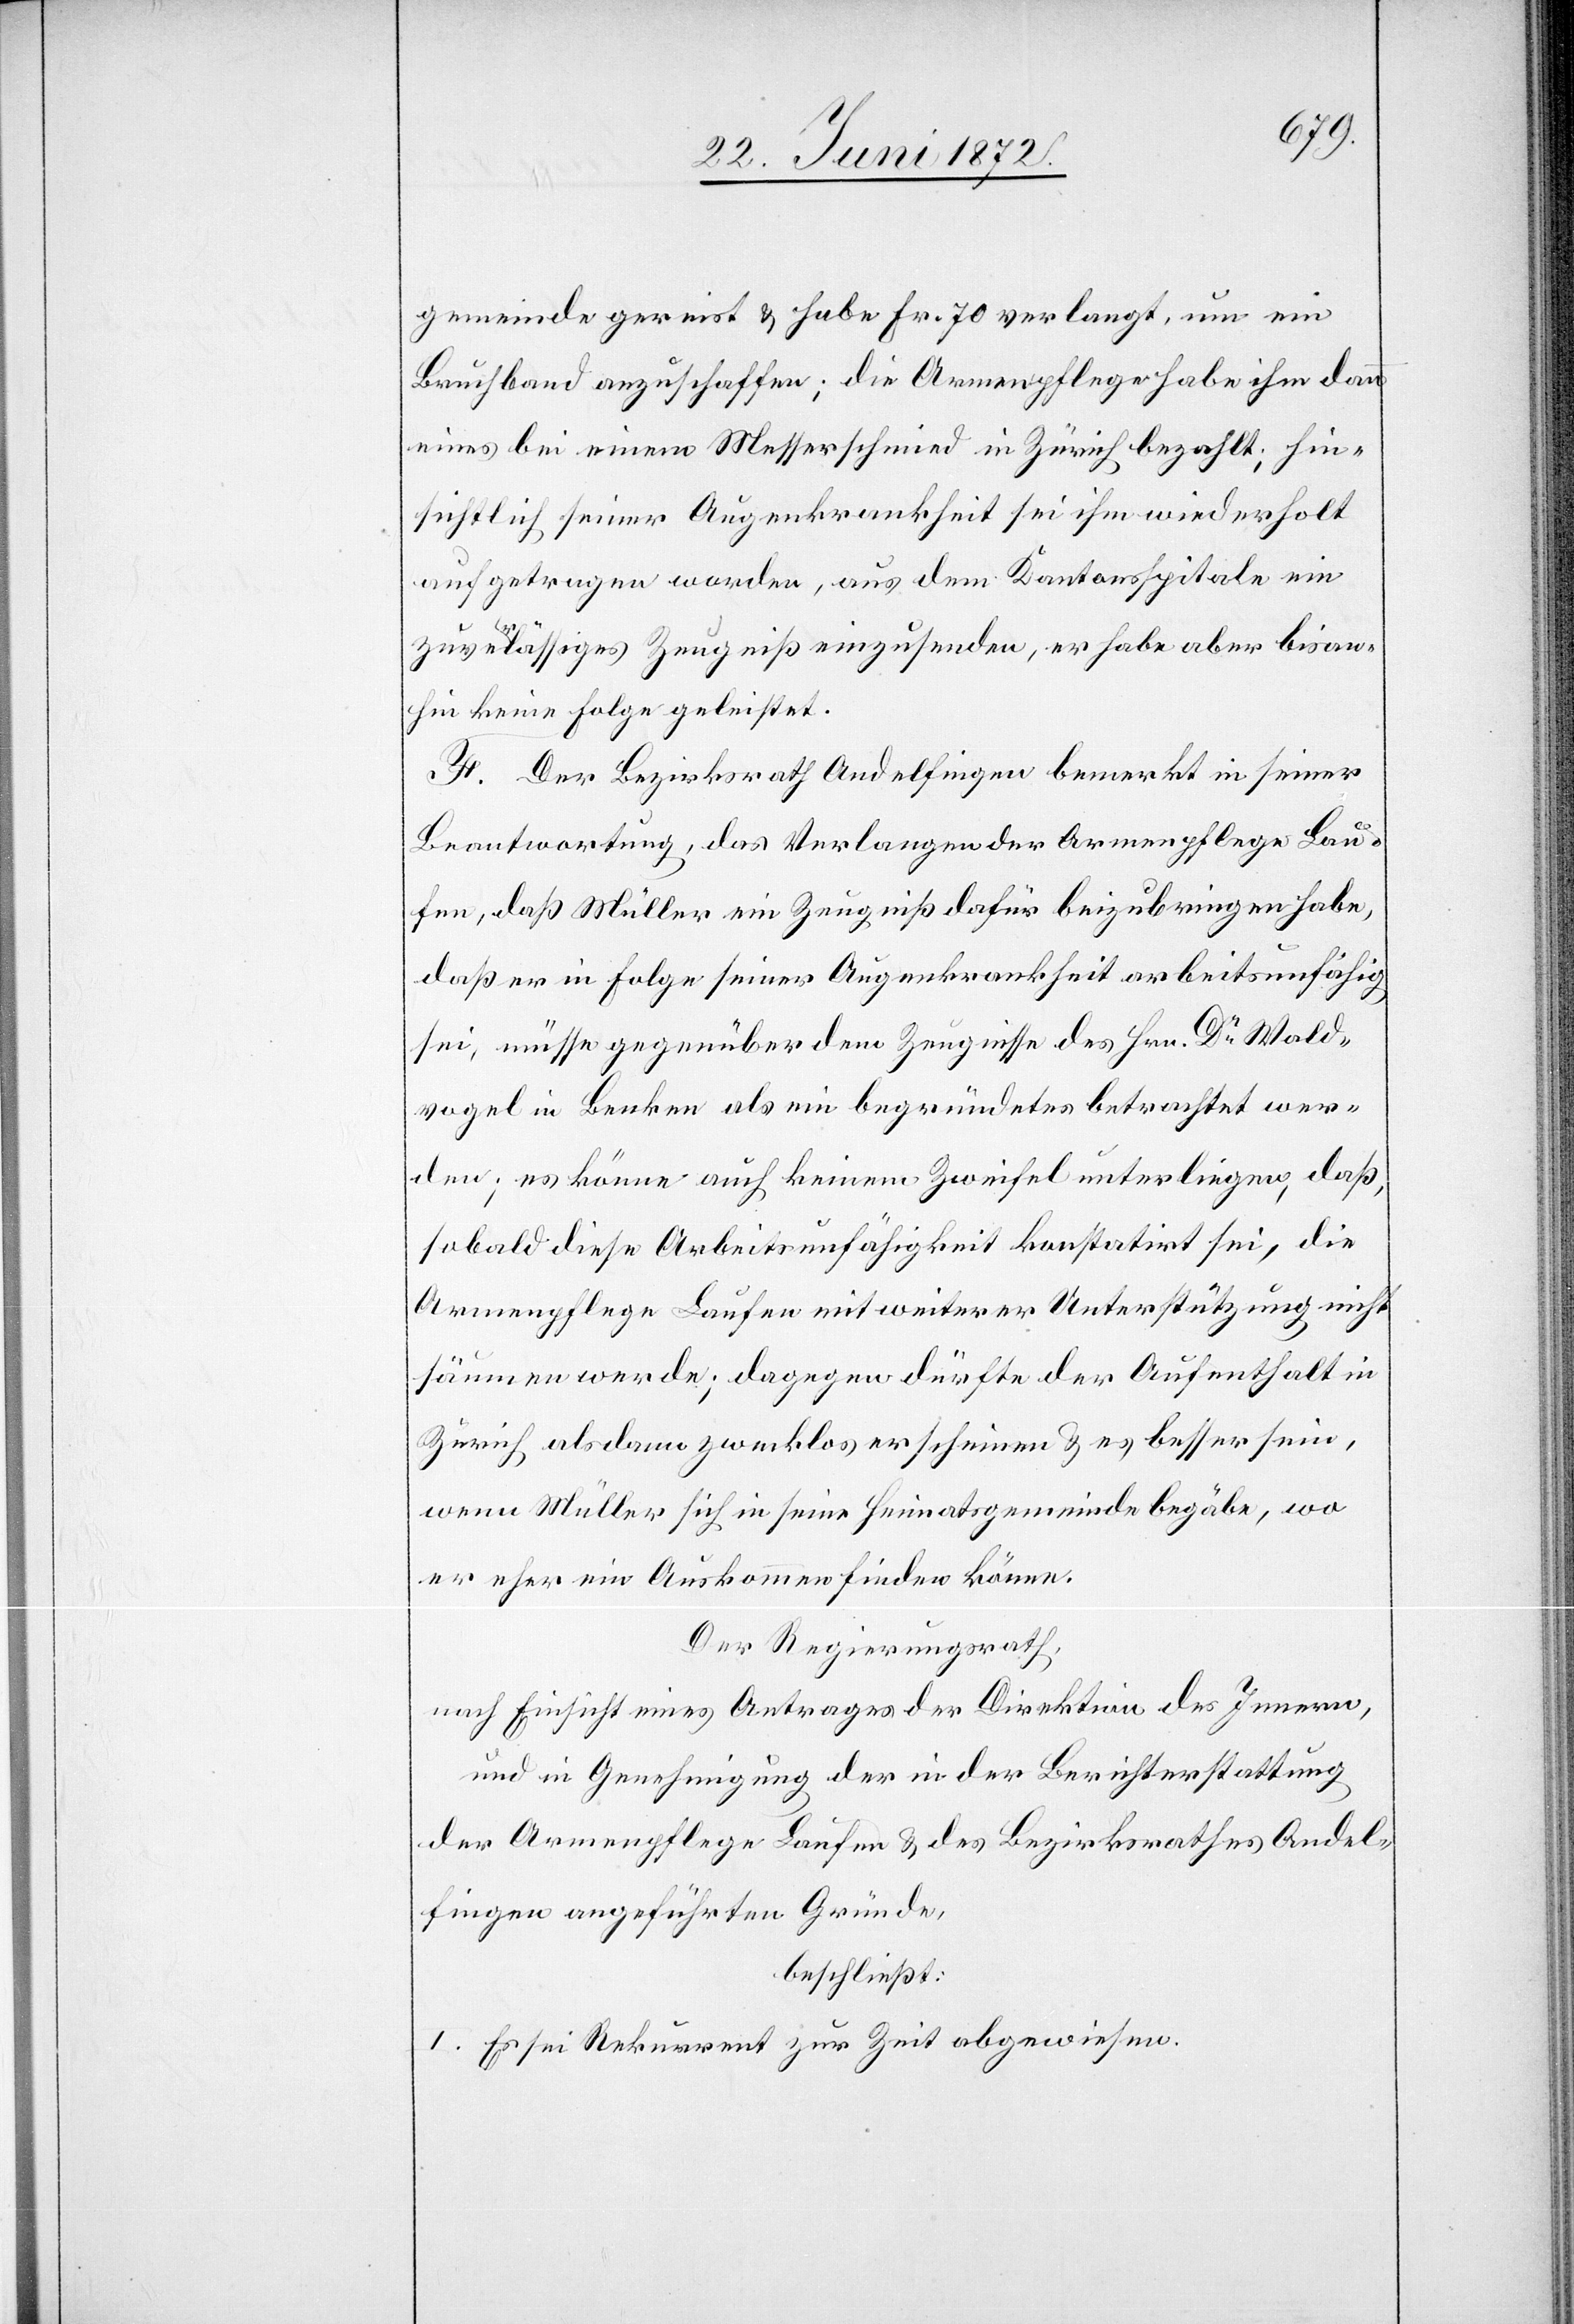
gemeinde gereist u. habe Fr. 70 verlangt, um ein
Bruchband anzuschaffen; die Armenpflege habe ihm dann
eines bei einem Messerschmied in Zürich bezahlt; hin¬
sichtlich seiner Augenkrankheit sei ihm wiederholt
aufgetragen worden, aus dem Kantonsspital ein
zuverlässiges Zeugniß einzusenden, er habe aber bisan¬
hin keine Folge geleistet.
F. Der Bezirksrath Andelfingen bemerkt in seiner
Beantwortung, das Verlangen der Armenpflege Lau¬
fen, daß Müller ein Zeugniß dafür beizubringen habe,
daß er in Folge seiner Augenkrankheit arbeitsunfähig
sei, müsse gegenüber dem Zeugnisse des Hrn. Dr Wald¬
vogel in Benken als ein begründetes betrachtet wer¬
den; es könne auch keinem Zweifel unterliegen, daß,
sobald diese Arbeitsunfähigkeit konstatirt sei, die
Armenpflege Laufen mit weiterer Unterstützung nicht
säumen werde; dagegen dürfte der Aufenthalt in
Zürich alsdann zwecklos erscheinen u. es besser sein,
wenn Müller sich in seine Heimatsgemeinde begäbe, wo
er eher ein Auskommen finden könne.
Der Regierungsrath,
nach Einsicht eines Antrages der Direktion des Innern,
und in Genehmigung der in der Berichterstattung
der Armenpflege Laufen u. des Bezirksrathes Andel¬
fingen angeführten Gründe,
beschließt:
I. Es sei Rekurrent zur Zeit abgewiesen.